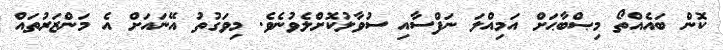
ކޮން ބައެއްތޯ މިޞްބާޙަށް އަމިއްލަ ނަފްސާއި ސުވާލުކޮށްލެވުނެވެ. މިވަގުތު އޭނައަށް އެ މަންޒަރުތައް